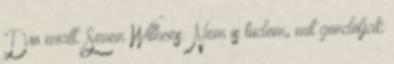
Dio miatt. Seven Withces: Nem is tudom, mit gondoljak